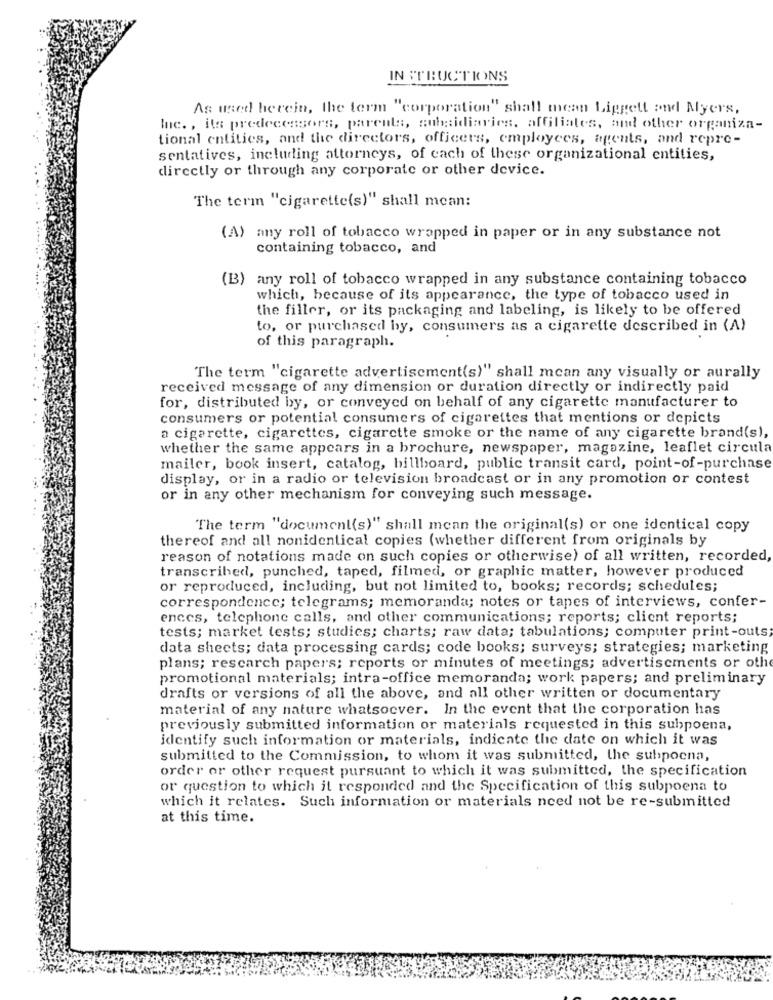
INSTRUCTIONS
As used herein, the term "corporation" shall mean Liggett and Myers,
Inc. , its predecessors, parents, subsidiaries. affiliates, and other organiza-
tional entities, and the directors, officers, employees, agents, and repre-
sentatives, including attorneys, of each of these organizational entities,
directly or through any corporate or other device.
The term "cigarette(s)" shall mean:
(A) any roll of tobacco wrapped in paper or in any substance not
containing tobacco, and
(B) any roll of tobacco wrapped in any substance containing tobacco
which, because of its appearance, the type of tobacco used in
the filler, or its packaging and labeling, is likely to be offered
to, or purchased by, consumers as a cigarette described in (A)
of this paragraph.
The term "cigarette advertisement(s)" shall mcan any visually or aurally
received message of any dimension or duration directly or indirectly paid
for, distributed by, or conveyed on behalf of any cigarette manufacturer to
consumers or potential consumers of cigarettes that mentions or depicts
a cigarette, cigarettes, cigarette smoke or the name of any cigarette brand(s),
whether the same appears in a brochure, newspaper, magazine, leaflet circula
mailer, book insert, catalog, billboard, public transit card, point-of-purchase
display, or in a radio or television broadcast or in any promotion or contest
or in any other mechanism for conveying such message.
The term "document(s)" shall mean the original(s) or one identical copy
thereof and all nonidentical copies (whether different from originals by
reason of notations made on such copies or otherwise) of all written, recorded,
transcribed, punched, taped, filmed, or graphic matter, however produced
or reproduced, including, but not limited to, books; records; schedules;
correspondence; telegrams; memoranda; notes or tapes of interviews, confer-
ences, telephone calls, and other communications; reports; client reports;
tests; market tests; studies; charts; raw data; tabulations; computer print-outs
data sheets; data processing cards; code books; surveys; strategies; marketing
plans; rescarch papers; reports or minutes of meetings; advertisements or oth
promotional materials; intra-office memoranda; work papers; and preliminary
drafts or versions of all the above, and all other written or documentary
material of any nature whatsoever. In the event that the corporation has
previously submitted information or materials requested in this subpoena,
identify such information or materials, indicate the date on which it was
submitted to the Commission, to whom it was submitted, the subpoena,
order or other request pursuant to which it was submitted, the specification
or question to which it responded and the Specification of this subpoena to
which it relates. Such information or materials need not be re-submitted
at this time.